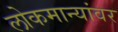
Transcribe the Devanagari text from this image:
लोकमान्यांवर